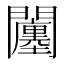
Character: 𨷠